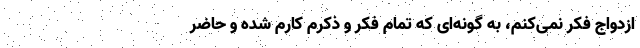
ازدواج فکر نمی‌کنم، به گونه‌ای که تمام فکر و ذکرم کارم شده و حاضر